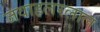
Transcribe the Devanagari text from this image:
जवाहलरलाल